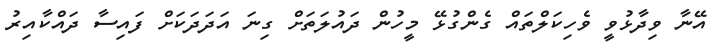
އޭނާ ވިދާޅުވީ ވެހިކަލްތައް ގެންގުޅޭ މީހުން ދައުލަތަށް ގިނަ އަދަދަކަށް ފައިސާ ދައްކާއިރު